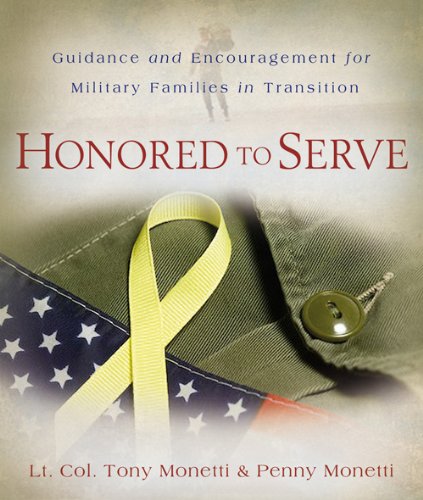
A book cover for Honored to Serve: Guidance and Encouragement for Military Families in Transition; Tony Monetti; Parenting & Relationships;